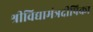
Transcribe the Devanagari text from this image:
श्रीविद्यामंत्रदीपिका